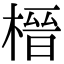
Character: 榗